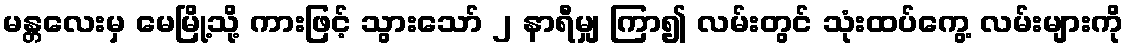
မန္တလေးမှ မေမြို့သို့ ကားဖြင့် သွားသော် ၂ နာရီမျှ ကြာ၍ လမ်းတွင် သုံးထပ်ကွေ့ လမ်းများကို